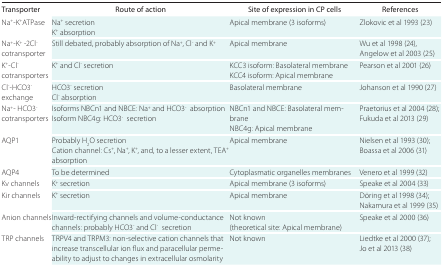
<table><thead><tr><td><b>Transporter</b></td><td><b>Route of action</b></td><td><b>Site of expression in CP cells</b></td><td><b>References</b></td></tr></thead><tbody><tr><td>Na<sup>+</sup>-K<sup>+</sup>ATPase</td><td>Na<sup>+</sup> secretion K<sup>+</sup> absorption</td><td>Apical membrane (3 isoforms)</td><td>Zlokovic et al 1993 (23)</td></tr><tr><td>Na<sup>+</sup>-K<sup>+</sup> -2Cl<sup>-</sup> cotransporter</td><td>Still debated, probably absorption of Na<sup>+</sup>, Cl<sup>-</sup> and K<sup>+</sup></td><td>Apical membrane</td><td>Wu et al 1998 (24), Angelow et al 2003 (25)</td></tr><tr><td>K<sup>+</sup>-Cl<sup>-</sup> cotransporters</td><td>K<sup>+</sup> and Cl<sup>-</sup> secretion</td><td>KCC3 isoform: Basolateral membrane KCC4 isoform: Apical membrane</td><td>Pearson et al 2001 (26)</td></tr><tr><td>Cl<sup>-</sup>-HCO3<sup>-</sup> exchange</td><td>HCO3<sup>-</sup> secretion Cl<sup>-</sup> absorption</td><td>Basolateral membrane</td><td>Johanson et al 1990 (27)</td></tr><tr><td>Na<sup>+</sup>- HCO3<sup>-</sup> cotransporters</td><td>Isoforms NBCn1 and NBCE: Na<sup>+</sup> and HCO3<sup>-</sup> absorption Isoform NBC4g: HCO3<sup>-</sup> secretion</td><td>NBCn1 and NBCE: Basolateral membrane NBC4g: Apical membrane</td><td>Praetorius et al 2004 (28); Fukuda et al 2013 (29)</td></tr><tr><td>AQP1</td><td>Probably H<sub>2</sub>O secretion Cation channel: Cs<sup>+</sup>, Na<sup>+</sup>, K<sup>+</sup>, and, to a lesser extent, TEA<sup>+</sup> absorption</td><td>Apical membrane</td><td>Nielsen et al 1993 (30); Boassa et al 2006 (31)</td></tr><tr><td>AQP4</td><td>To be determined</td><td>Cytoplasmatic organelles membranes</td><td>Venero et al 1999 (32)</td></tr><tr><td>Kv channels</td><td>K<sup>+</sup> secretion</td><td>Apical membrane (3 isoforms)</td><td>Speake et al 2004 (33)</td></tr><tr><td>Kir channels</td><td>K<sup>+</sup> secretion</td><td>Apical membrane</td><td>Döring et al 1998 (34); Nakamura et al 1999 (35)</td></tr><tr><td>Anion channels</td><td>Inward-rectifying channels and volume-conductance channels: probably HCO3<sup>-</sup> and Cl<sup>-</sup> secretion</td><td>Not known (theoretical site: Apical membrane)</td><td>Speake et al 2000 (36)</td></tr><tr><td>TRP channels</td><td>TRPV4 and TRPM3: non-selective cation channels that increase transcellular ion flux and paracellular permeability to adjust to changes in extracellular osmolarity</td><td>Not known</td><td>Liedtke et al 2000 (37); Jo et al 2013 (38)</td></tr></tbody></table>